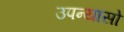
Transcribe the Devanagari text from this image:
उपन्यासो